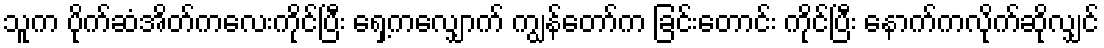
သူက ပိုက်ဆံအိတ်ကလေးကိုင်ပြီး ရှေ့ကလျှောက် ကျွန်တော်က ခြင်းတောင်း ကိုင်ပြီး နောက်ကလိုက်ဆိုလျှင်